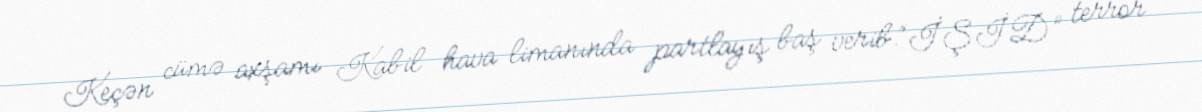
Keçən cümə axşamı Kabil hava limanında partlayış baş verib.“İŞİD” terror